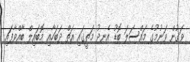
ވަގުން ވަނުމުގެ މައްސަލަ ބޮޑު އެނދު މަތީގައި އަތް ދަބަހާއި މޮބައިލް ބާއްވާފައި